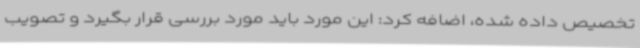
تخصیص داده شده، اضافه کرد: این مورد باید مورد بررسی قرار بگیرد و تصویب